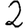
Digit: 2